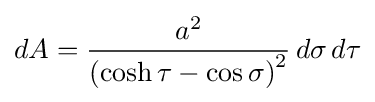
dA={\frac {a^{2}}{\left(\cosh \tau -\cos \sigma \right)^{2}}}\,d\sigma \,d\tau